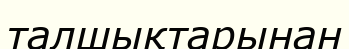
талшықтарынан